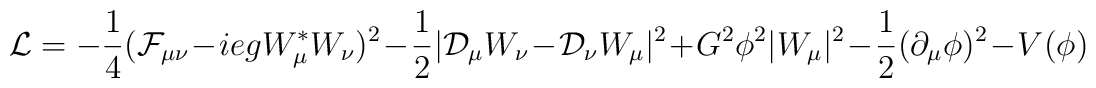
{\cal L}=  -{1\over 4} ({\cal F}_{\mu\nu} -iegW^*_\mu W_\nu)^2             -{1\over 2} |{\cal D}_\mu W_\nu -{\cal D}_\nu W_\mu |^2              + G^2 \phi^2 |W_\mu|^2   -{1\over 2} (\partial_\mu \phi)^2          - V(\phi)